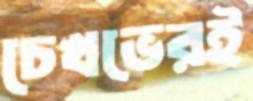
চেখভেরই